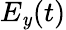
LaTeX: E_{\mathit{y}}(t)